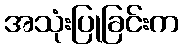
အသုံးပြုခြင်းက